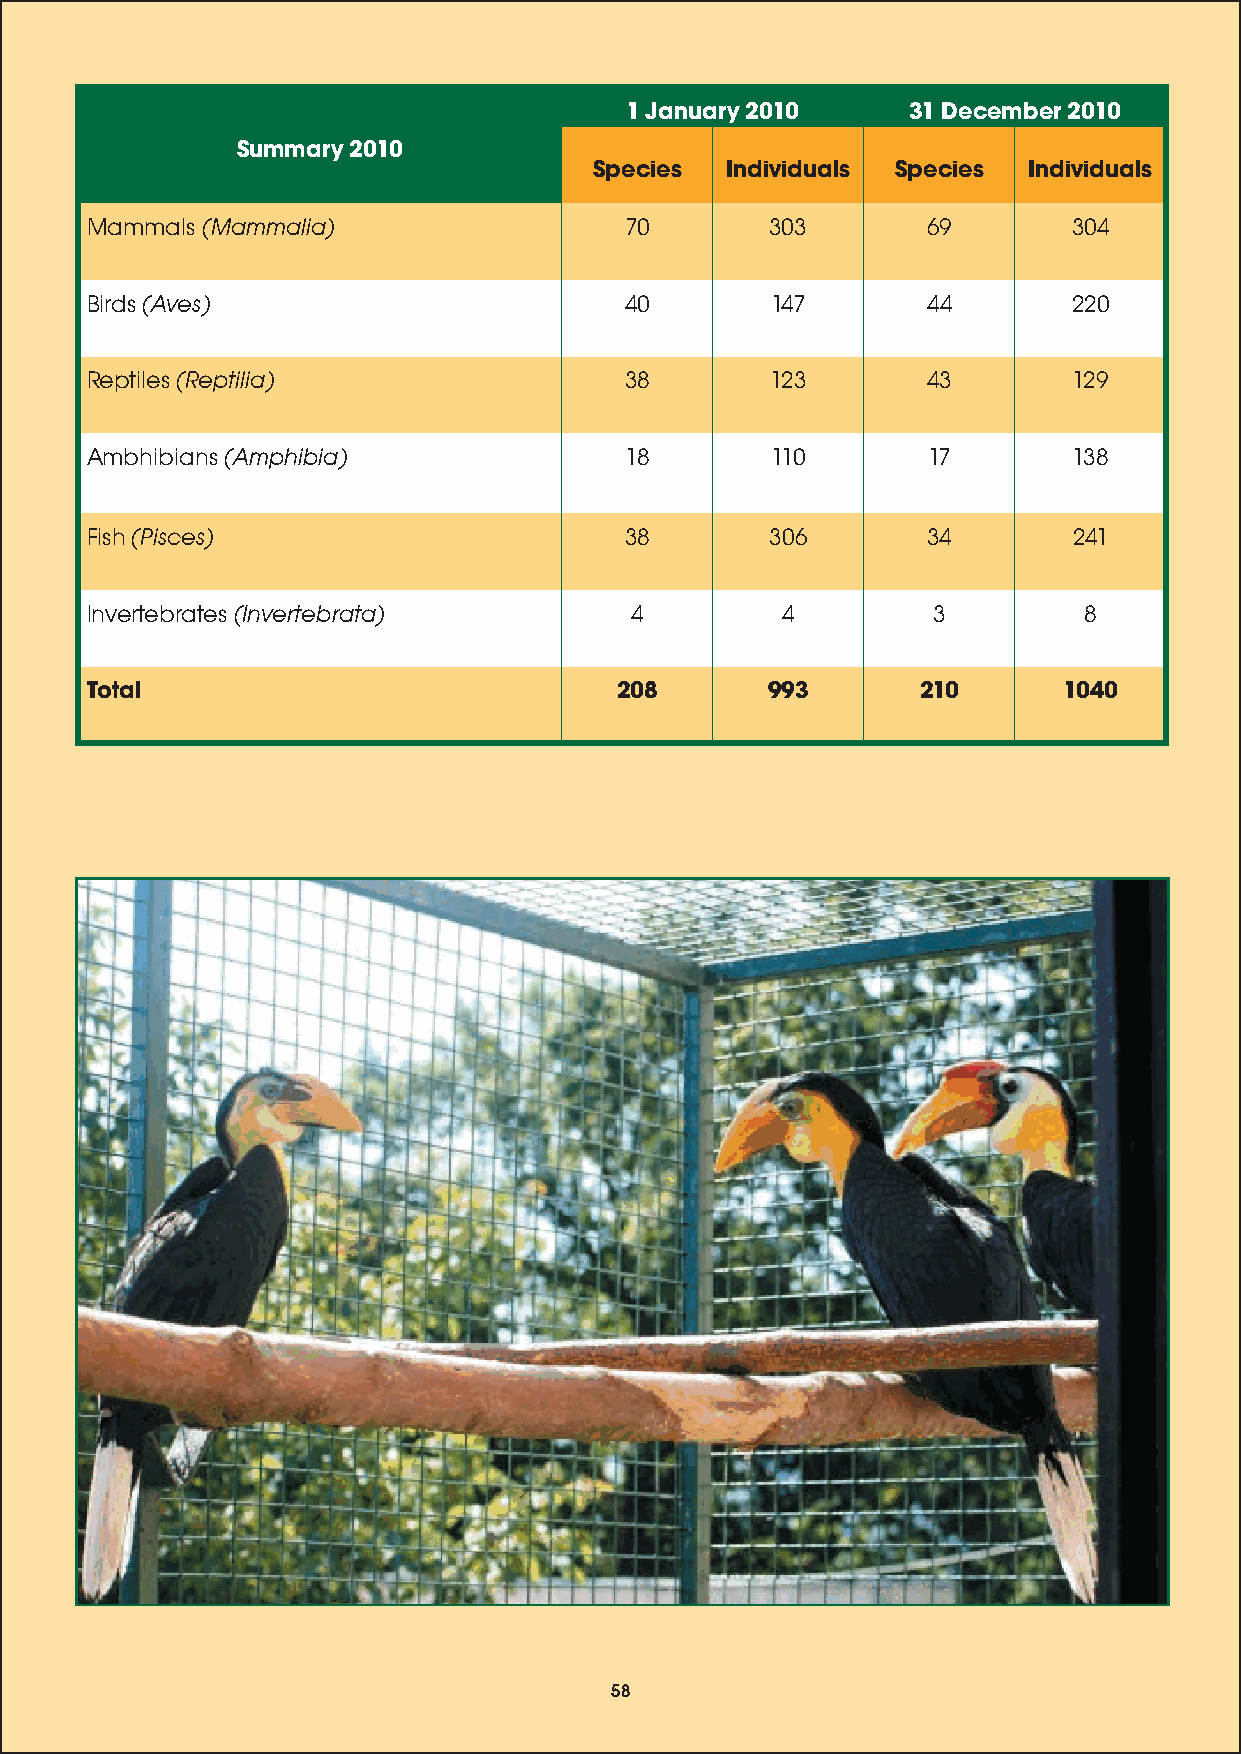
1 January 2010     31 December 2010
 Summary 2010
 Species  Individuals Species Individuals
 Mammals (Mammalia)                 70        303       69        304
 Birds (Aves)                       40        147       44        220
 Reptiles (Reptilia)                38        123       43        129
 Ambhibians (Amphibia)              18        110       17        138
 Fish (Pisces)                      38        306       34        241
 Invertebrates (Invertebrata)        4         4         3         8
 Total                              208       993       210      1040
 58